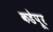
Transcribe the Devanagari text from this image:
कडेपूर